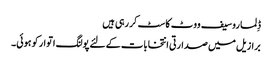
ڈِلما روسیف ووٹ کاسٹ کر رہی ہیں
برازیل میں صدارتی انتخابات کے لئے پولنگ اتوار کو ہوئی۔